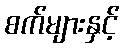
စက်များနှင့်